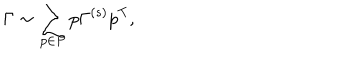
\Gamma \sim \sum _ { p \in P } p \Gamma ^ { ( s ) } p ^ { \mathrm { T } } ,